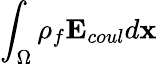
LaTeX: \int_{\Omega}\rho_{f}\mathbf{E}_{coul}d\mathbf{x}